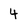
Character: 4